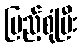
ပြည့်စုံပြီး